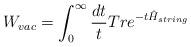
LaTeX: \begin{align*}W_{vac}=\int_{0}^{\infty}\frac{dt}{t} Tr e^{-t \hat{H}_{string}}\end{align*}